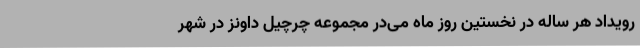
رویداد هر ساله در نخستین روز ماه می‌در مجموعه چرچیل داونز در شهر